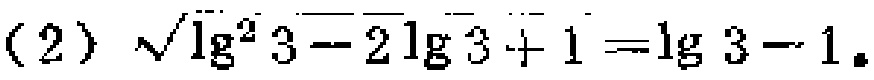
(2) $\sqrt{\lg^{2}3 - 2\lg3 + 1}=\lg3 - 1.$